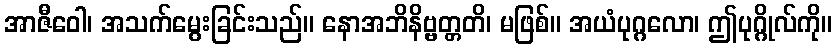
အာဇီဝေါ၊ အသက်မွေးခြင်းသည်။ နောအဘိနိဗ္ဗတ္တတိ၊ မဖြစ်။ အယံပုဂ္ဂလော၊ ဤပုဂ္ဂိုလ်ကို။